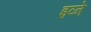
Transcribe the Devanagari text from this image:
इव्ने